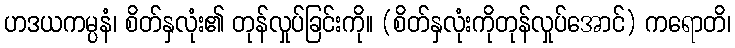
ဟဒယကမ္ပနံ၊ စိတ်နှလုံး၏ တုန်လှုပ်ခြင်းကို။ (စိတ်နှလုံးကိုတုန်လှုပ်အောင်) ကရောတိ၊